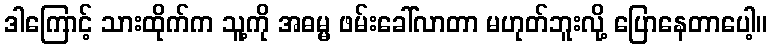
ဒါကြောင့် သားထိုက်က သူ့ကို အဓမ္မ ဖမ်းခေါ်လာတာ မဟုတ်ဘူးလို့ ပြောနေတာပေါ့။